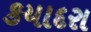
કયાદરા